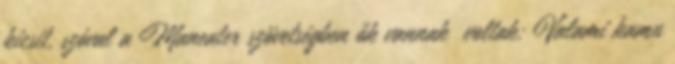
kicsit, szóval a Maneater szövetségben ők vannak voltak: Valami kamu